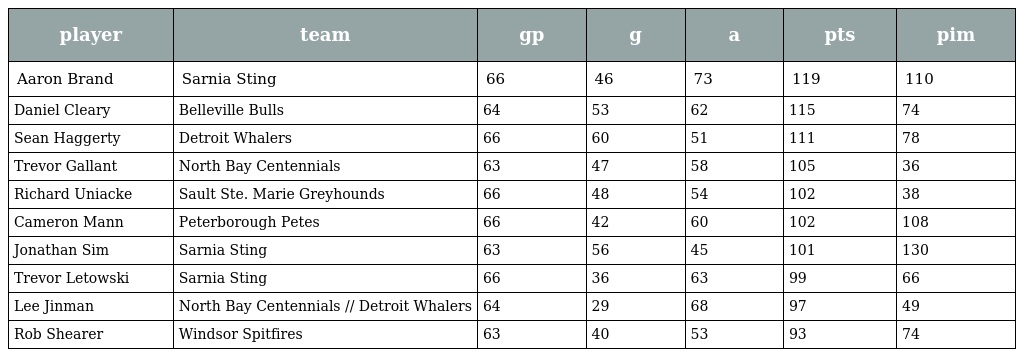
| player | team | gp | g | a | pts | pim |
 | --- | --- | --- | --- | --- | --- | --- |
 | Aaron Brand | Sarnia Sting | 66 | 46 | 73 | 119 | 110 |
 | Daniel Cleary | Belleville Bulls | 64 | 53 | 62 | 115 | 74 |
 | Sean Haggerty | Detroit Whalers | 66 | 60 | 51 | 111 | 78 |
 | Trevor Gallant | North Bay Centennials | 63 | 47 | 58 | 105 | 36 |
 | Richard Uniacke | Sault Ste. Marie Greyhounds | 66 | 48 | 54 | 102 | 38 |
 | Cameron Mann | Peterborough Petes | 66 | 42 | 60 | 102 | 108 |
 | Jonathan Sim | Sarnia Sting | 63 | 56 | 45 | 101 | 130 |
 | Trevor Letowski | Sarnia Sting | 66 | 36 | 63 | 99 | 66 |
 | Lee Jinman | North Bay Centennials // Detroit Whalers | 64 | 29 | 68 | 97 | 49 |
 | Rob Shearer | Windsor Spitfires | 63 | 40 | 53 | 93 | 74 |